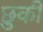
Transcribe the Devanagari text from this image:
छुकी